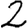
Digit: 2